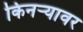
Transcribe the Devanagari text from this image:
किनऱ्यावर